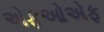
એફઓએફ